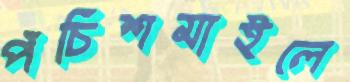
পঁচিশমাইলে